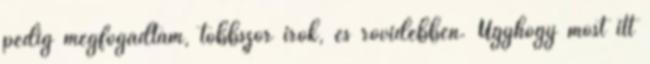
pedig megfogadtam, többször írok, és rövidebben. Úgyhogy most itt